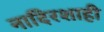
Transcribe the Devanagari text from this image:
नादिरशाही